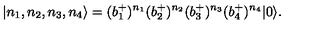
\left| n _ { 1 } , n _ { 2 } , n _ { 3 } , n _ { 4 } \right\rangle = ( b _ { 1 } ^ { + } ) ^ { n _ { 1 } } ( b _ { 2 } ^ { + } ) ^ { n _ { 2 } } ( b _ { 3 } ^ { + } ) ^ { n _ { 3 } } ( b _ { 4 } ^ { + } ) ^ { n _ { 4 } } | 0 \rangle .